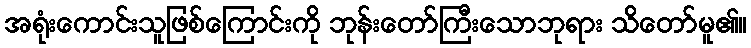
အရုံးကောင်းသူဖြစ်ကြောင်းကို ဘုန်းတော်ကြီးသောဘုရား သိတော်မူ၏။